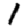
Digit: 1